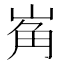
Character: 𱛮